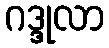
ဂဒ္ဒုလာ